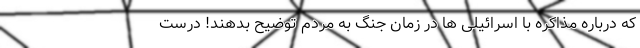
که درباره مذاکره با اسرائیلی ها در زمان جنگ به مردم توضیح بدهند! درست